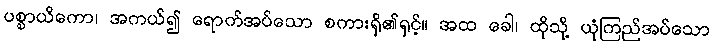
ပစ္စာယိကော၊ အကယ်၍ ရောက်အပ်သော စကားရှိ၏ရှင့်။ အထ ခေါ၊ ထိုသို့ ယုံကြည်အပ်သော